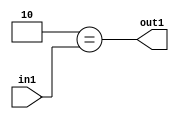
`timescale 1ps / 1ps
/*****************************************************************************
    Verilog RTL Description
    
    
    Created by: Stratus DpOpt 2019.1.01 
*******************************************************************************/

module DC_Filter_Eqi2u2_4 (
	in1,
	out1
	); /* architecture "behavioural" */ 
input [1:0] in1;
output  out1;
wire  asc001;

assign asc001 = (7'B0000010==in1);

assign out1 = asc001;
endmodule

/* CADENCE  urbwSQE= : u9/ySgnWtBlWxVPRXgAZ4Og= ** DO NOT EDIT THIS LINE ******/